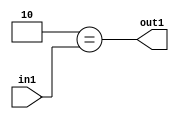
`timescale 1ps / 1ps
/*****************************************************************************
    Verilog RTL Description
    
    
    Created by: Stratus DpOpt 2019.1.01 
*******************************************************************************/

module DC_Filter_Eqi2u2_4 (
	in1,
	out1
	); /* architecture "behavioural" */ 
input [1:0] in1;
output  out1;
wire  asc001;

assign asc001 = (7'B0000010==in1);

assign out1 = asc001;
endmodule

/* CADENCE  urbwSQE= : u9/ySgnWtBlWxVPRXgAZ4Og= ** DO NOT EDIT THIS LINE ******/